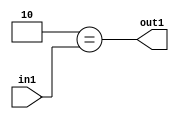
`timescale 1ps / 1ps
/*****************************************************************************
    Verilog RTL Description
    
    
    Created by: Stratus DpOpt 2019.1.01 
*******************************************************************************/

module DC_Filter_Eqi2u2_4 (
	in1,
	out1
	); /* architecture "behavioural" */ 
input [1:0] in1;
output  out1;
wire  asc001;

assign asc001 = (7'B0000010==in1);

assign out1 = asc001;
endmodule

/* CADENCE  urbwSQE= : u9/ySgnWtBlWxVPRXgAZ4Og= ** DO NOT EDIT THIS LINE ******/